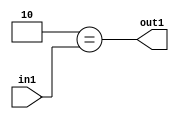
`timescale 1ps / 1ps
/*****************************************************************************
    Verilog RTL Description
    
    
    Created by: Stratus DpOpt 2019.1.01 
*******************************************************************************/

module DC_Filter_Eqi2u2_4 (
	in1,
	out1
	); /* architecture "behavioural" */ 
input [1:0] in1;
output  out1;
wire  asc001;

assign asc001 = (7'B0000010==in1);

assign out1 = asc001;
endmodule

/* CADENCE  urbwSQE= : u9/ySgnWtBlWxVPRXgAZ4Og= ** DO NOT EDIT THIS LINE ******/